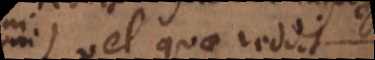
vel quae reddit